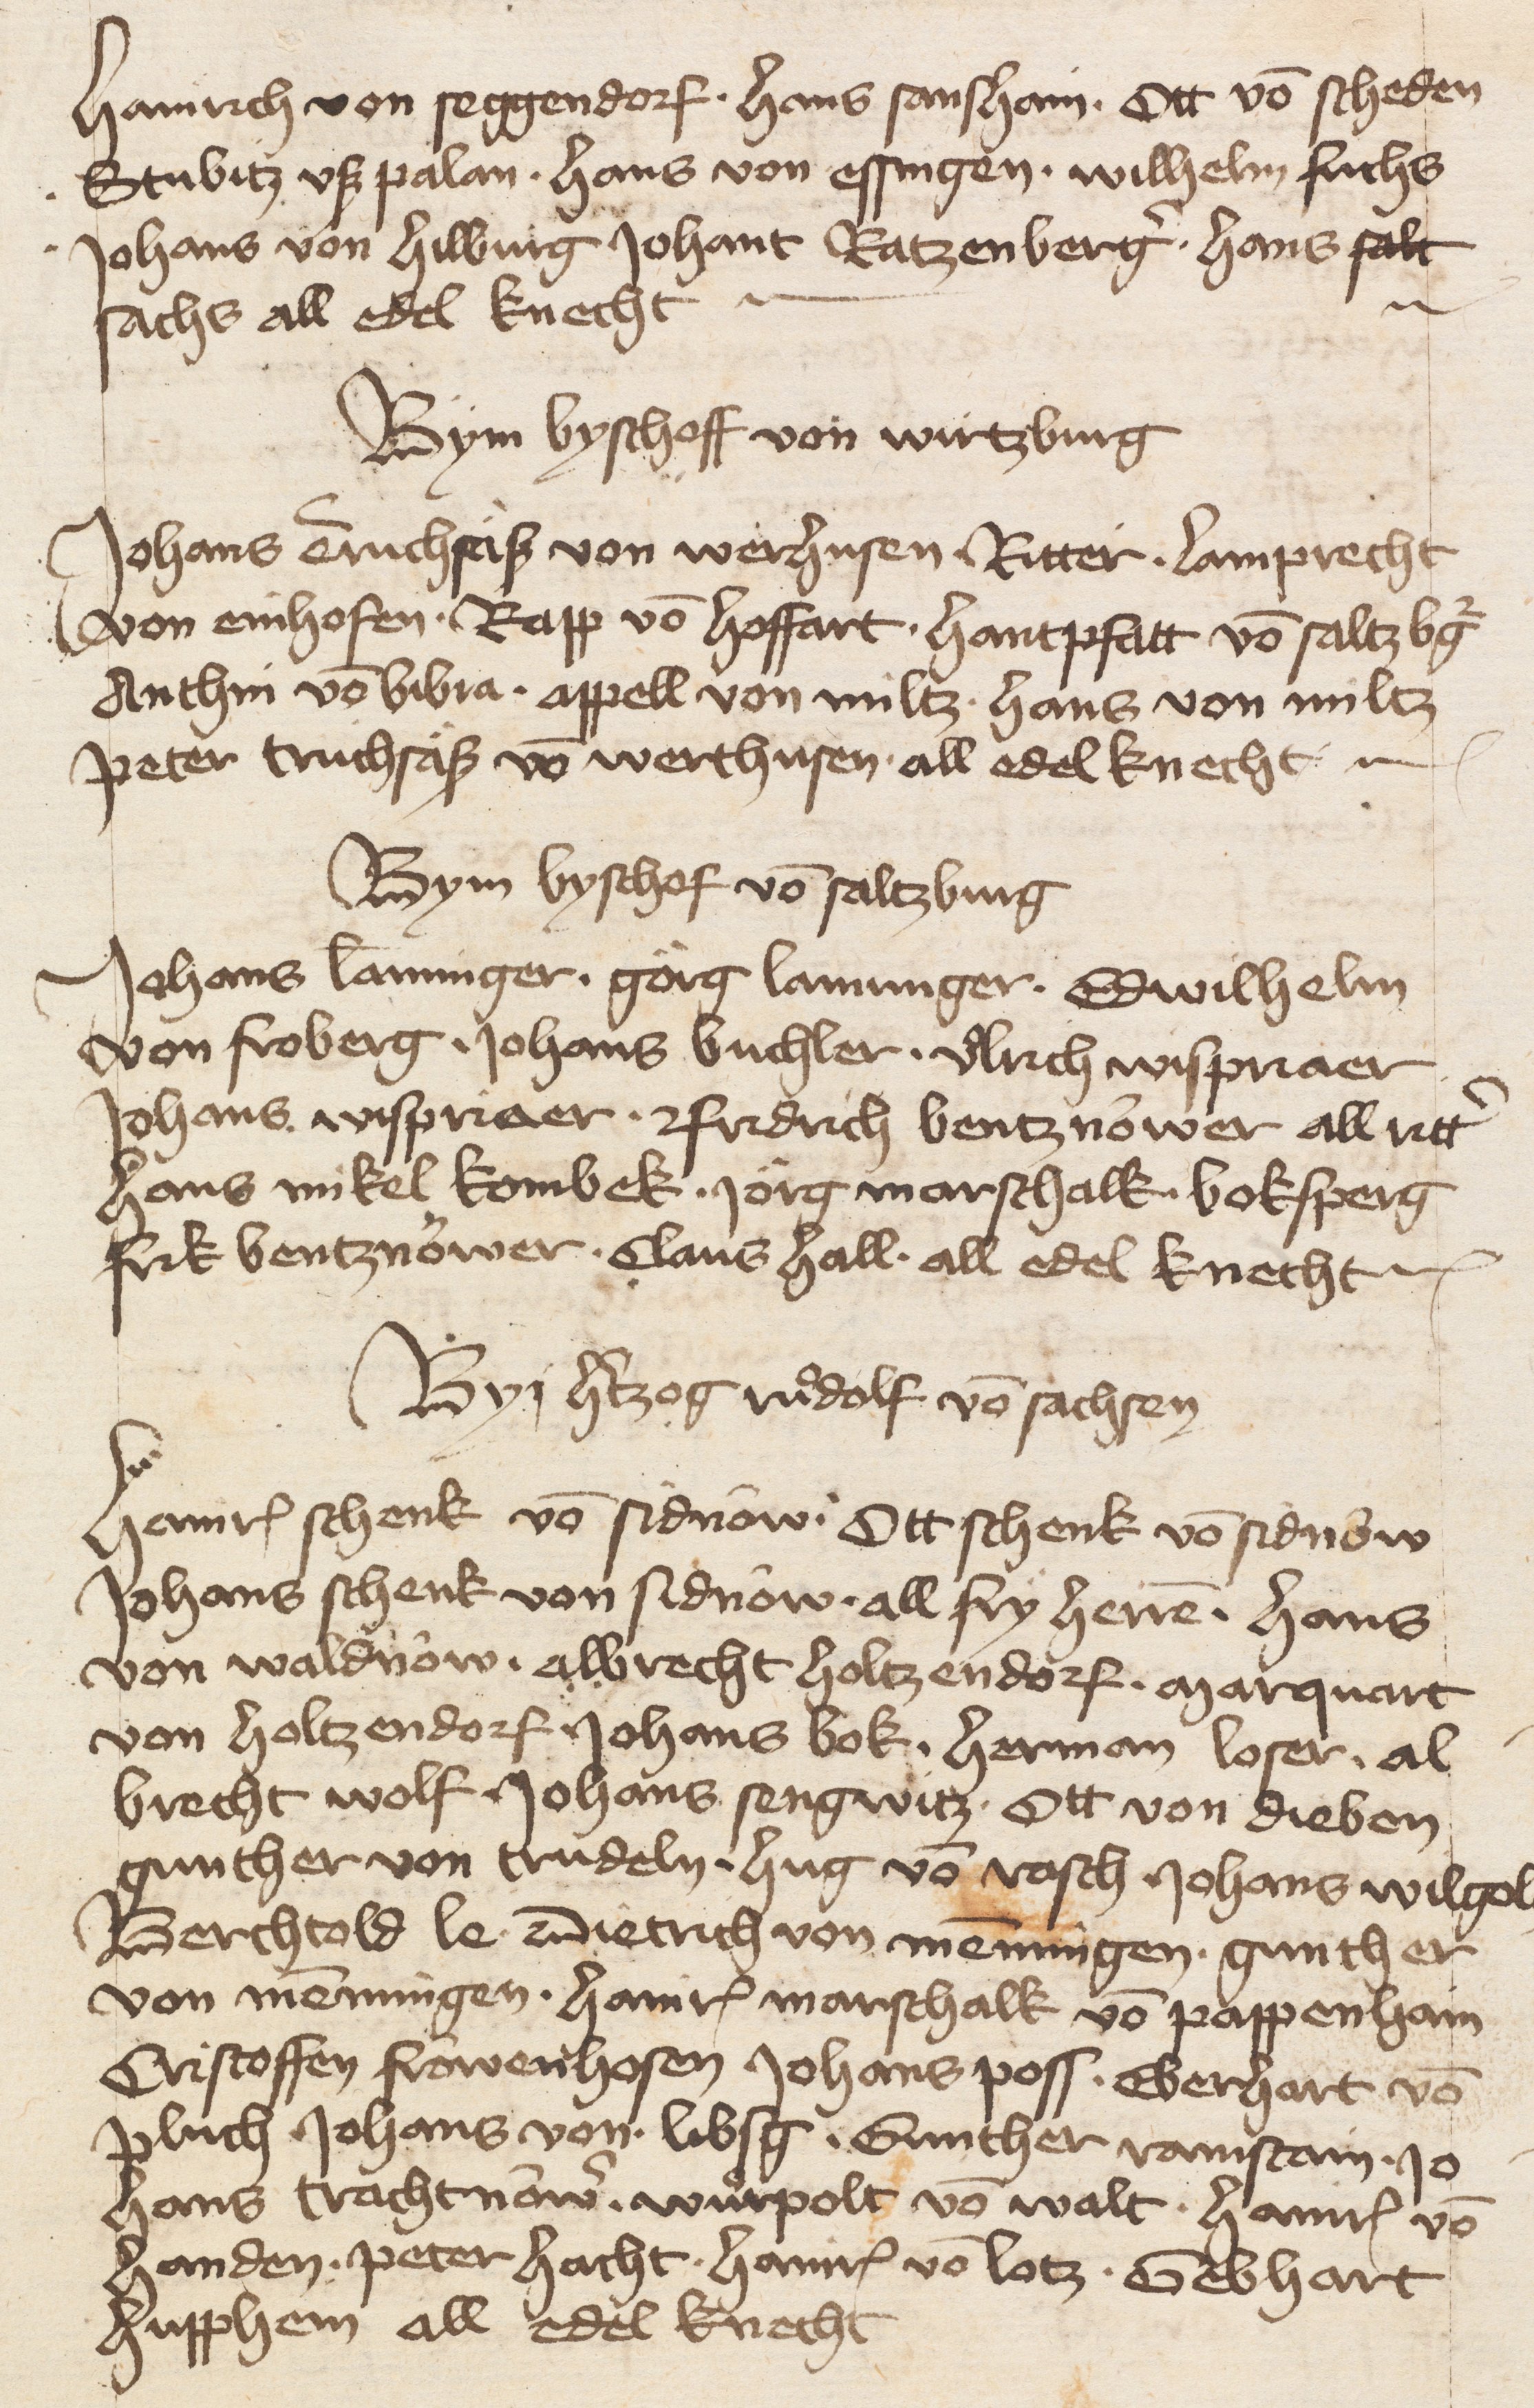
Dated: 1400–1499